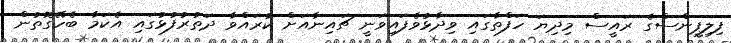
ފިލިޕީންސްގެ ރައީސް މިދިޔަ ހަފްތާގައި ވިދާޅުވެފައިވަނީ ޗައިނާއަށް ކުރައްވާ ދަތުރުފުޅުގައި އެކަމާ ބެހޭގޮތުން